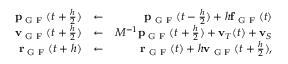
\begin{array} { r l r } { { \bf p } _ { \textrm { G F } } ( t + \frac { h } { 2 } ) } & { \leftarrow } & { { \bf p } _ { \textrm { G F } } ( t - \frac { h } { 2 } ) + h { \bf f } _ { \textrm { G F } } ( t ) } \\ { { \bf v } _ { \textrm { G F } } ( t + \frac { h } { 2 } ) } & { \leftarrow } & { M ^ { - 1 } { \bf p } _ { \textrm { G F } } ( t + \frac { h } { 2 } ) + { \bf v } _ { T } ( t ) + { \bf v } _ { S } } \\ { { \bf r } _ { \textrm { G F } } ( t + h ) } & { \leftarrow } & { { \bf r } _ { \textrm { G F } } ( t ) + h { \bf v } _ { \textrm { G F } } ( t + \frac { h } { 2 } ) , } \end{array}